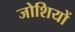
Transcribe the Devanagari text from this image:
जोशियों